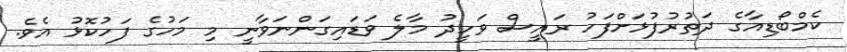
ކެމްބޯޑިއާގެ ދަތުރުފުޅަށްފަހު ރައީސް ވަހީދު މާލެ ވަޑައިގަންނަވާނީ މި މަހުގެ ފަހުކޮޅު އެވެ.